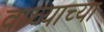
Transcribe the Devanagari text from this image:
वाच्याच्या